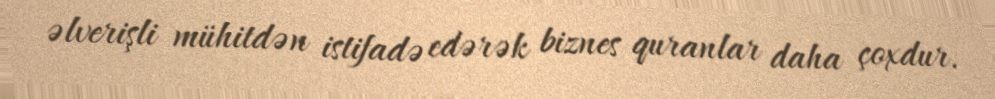
əlverişli mühitdən istifadə edərək biznes quranlar daha çoxdur.